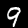
Digit: 9